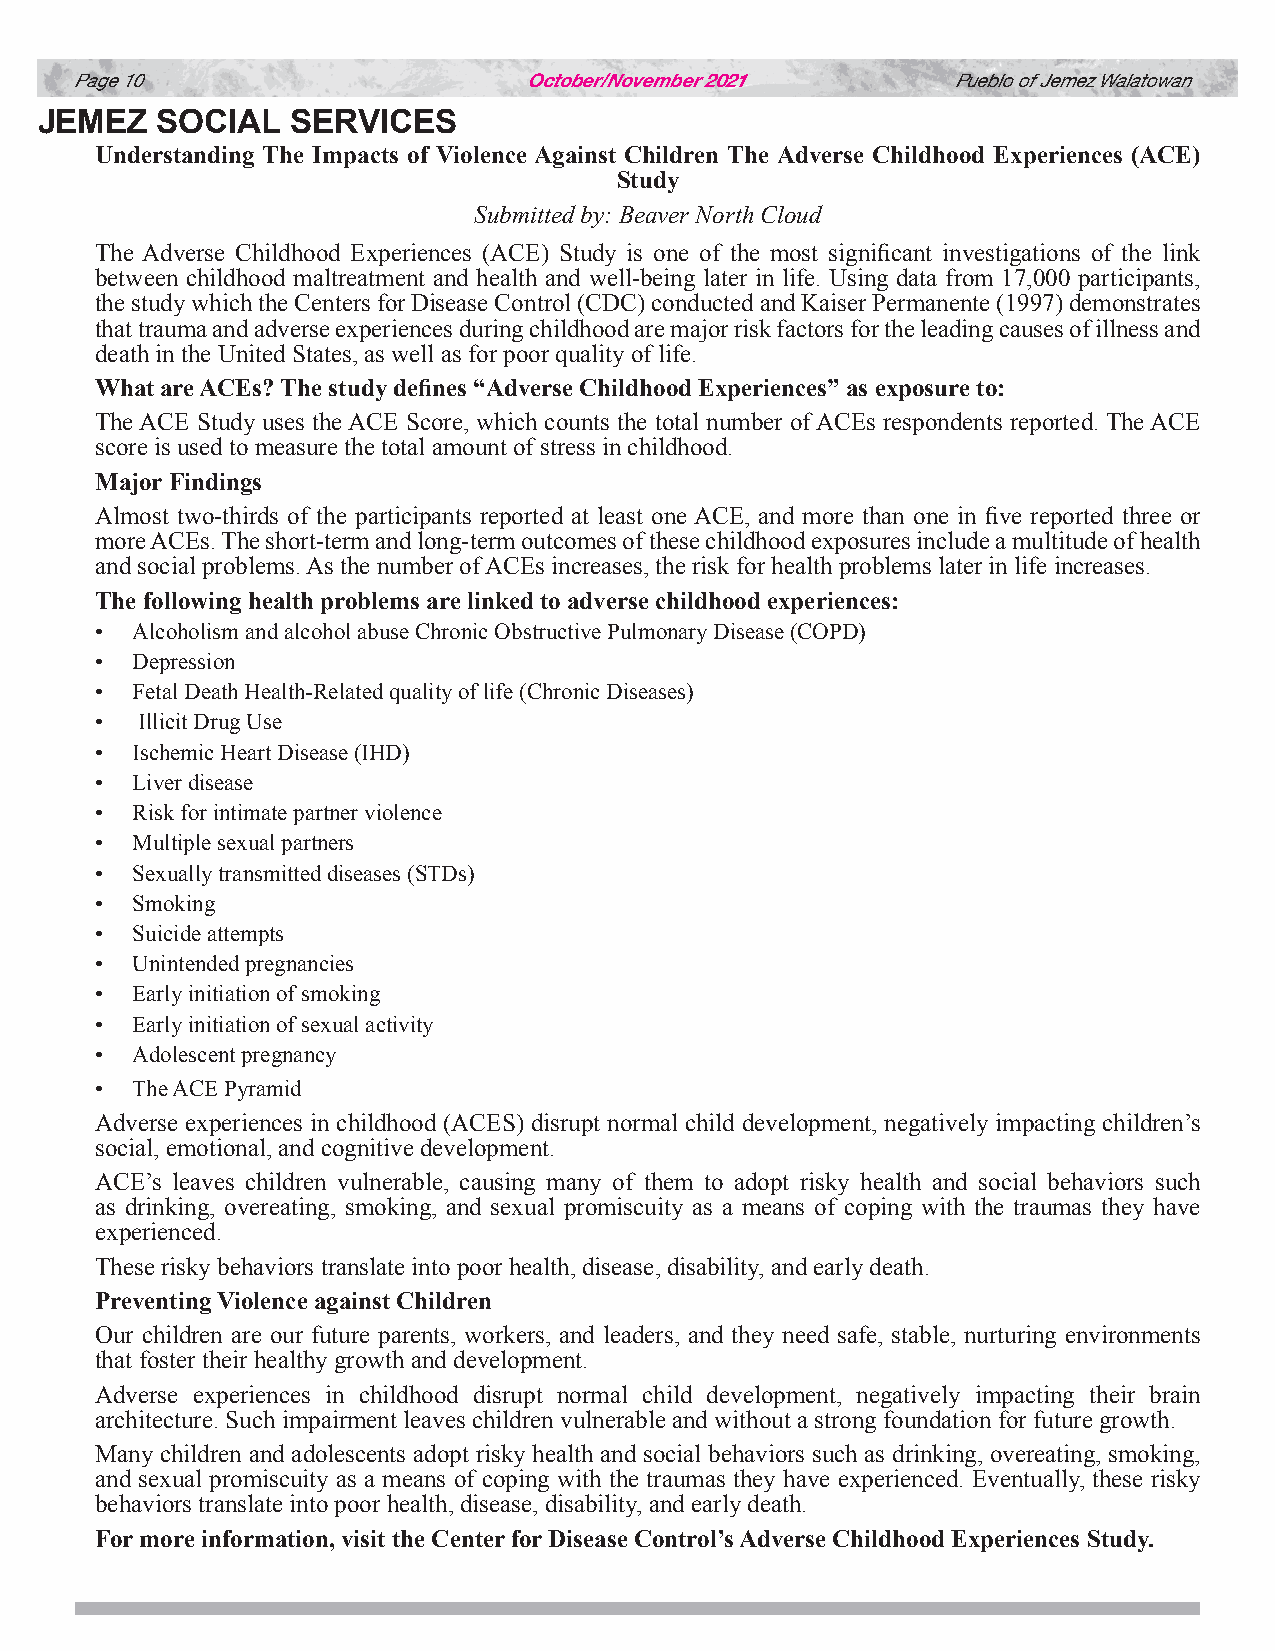
Page 10                       October/November 2021       Pueblo of Jemez Walatowan
 JEMEZ   SOCIAL   SERVICES
 Understanding The Impacts of Violence Against Children The Adverse Childhood Experiences (ACE)
 Study
 Submitted by: Beaver North Cloud
 The Adverse Childhood Experiences (ACE) Study is one of the most significant investigations of the link
 between childhood maltreatment and health and well-being later in life. Using data from 17,000 participants,
 the study which the Centers for Disease Control (CDC) conducted and Kaiser Permanente (1997) demonstrates
 that trauma and adverse experiences during childhood are major risk factors for the leading causes of illness and
 death in the United States, as well as for poor quality of life.
 What are ACEs? The study defines “Adverse Childhood Experiences” as exposure to:
 The ACE Study uses the ACE Score, which counts the total number of ACEs respondents reported. The ACE
 score is used to measure the total amount of stress in childhood.
 Major Findings
 Almost two-thirds of the participants reported at least one ACE, and more than one in five reported three or
 more ACEs. The short-term and long-term outcomes of these childhood exposures include a multitude of health
 and social problems. As the number of ACEs increases, the risk for health problems later in life increases.
 The following health problems are linked to adverse childhood experiences:
 •  Alcoholism and alcohol abuse Chronic Obstructive Pulmonary Disease (COPD)
 •  Depression
 •  Fetal Death Health-Related quality of life (Chronic Diseases)
 •  Illicit Drug Use
 •  Ischemic Heart Disease (IHD)
 •  Liver disease
 •  Risk for intimate partner violence
 •  Multiple sexual partners
 •  Sexually transmitted diseases (STDs)
 •  Smoking
 •  Suicide attempts
 •  Unintended pregnancies
 •  Early initiation of smoking
 •  Early initiation of sexual activity
 •  Adolescent pregnancy
 •  The ACE Pyramid
 Adverse experiences in childhood (ACES) disrupt normal child development, negatively impacting children’s
 social, emotional, and cognitive development.
 ACE’s leaves children vulnerable, causing many of them to adopt risky health and social behaviors such
 as drinking, overeating, smoking, and sexual promiscuity as a means of coping with the traumas they have
 experienced.
 These risky behaviors translate into poor health, disease, disability, and early death.
 Preventing Violence against Children
 Our children are our future parents, workers, and leaders, and they need safe, stable, nurturing environments
 that foster their healthy growth and development.
 Adverse experiences in childhood disrupt normal child development, negatively impacting their brain
 architecture. Such impairment leaves children vulnerable and without a strong foundation for future growth.
 Many children and adolescents adopt risky health and social behaviors such as drinking, overeating, smoking,
 and sexual promiscuity as a means of coping with the traumas they have experienced. Eventually, these risky
 behaviors translate into poor health, disease, disability, and early death.
 For more information, visit the Center for Disease Control’s Adverse Childhood Experiences Study.